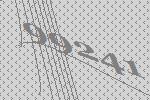
99241